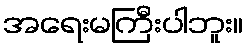
အရေးမကြီးပါဘူး။